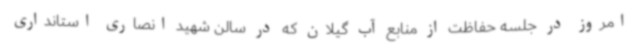
امروز در جلسه حفاظت از منابع آب گیلان که در سالن شهید انصاری استانداری